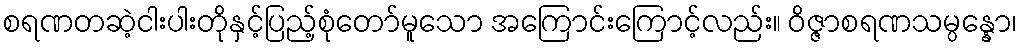
စရဏတဆဲ့ငါးပါးတိုနှင့်ပြည့်စုံတော်မူသော အကြောင်းကြောင့်လည်း။ ဝိဇ္ဇာစရဏသမ္ပန္နော၊